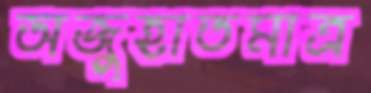
অজুহাতমাত্র